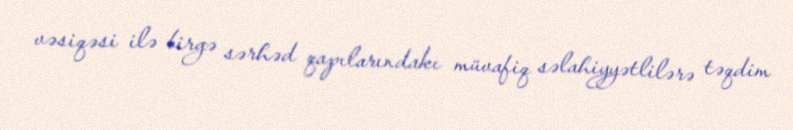
vəsiqəsi ilə birgə sərhəd qapılarındakı müvafiq səlahiyyətlilərə təqdim